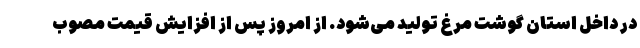
در داخل استان گوشت مرغ تولید می‌شود. از امروز پس از افزایش قیمت مصوب